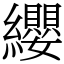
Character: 纓